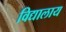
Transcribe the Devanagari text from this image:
विद्यालाय